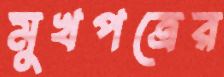
মুখপত্রের